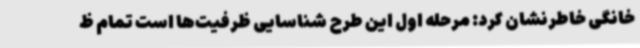
خانگی خاطرنشان کرد: مرحله اول این طرح شناسایی ظرفیت‌ها است تمام ظ